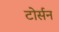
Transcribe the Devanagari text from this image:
टोर्सन